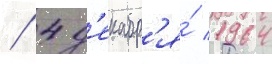
/ 4 д'екабр'я́ 1964